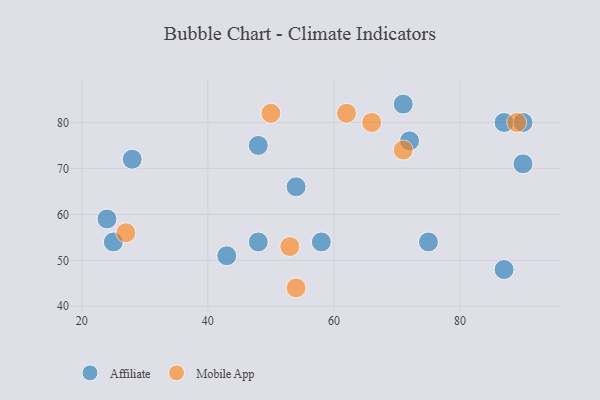
{"axis": {"x": "GDP", "y": "Life Expectancy"}, "legend": ["Affiliate", "Mobile App"], "data": [{"x": "28", "y": 72, "type": "Affiliate"}, {"x": "87", "y": 48, "type": "Affiliate"}, {"x": "48", "y": 75, "type": "Affiliate"}, {"x": "24", "y": 59, "type": "Affiliate"}, {"x": "25", "y": 54, "type": "Affiliate"}, {"x": "87", "y": 80, "type": "Affiliate"}, {"x": "43", "y": 51, "type": "Affiliate"}, {"x": "58", "y": 54, "type": "Affiliate"}, {"x": "90", "y": 71, "type": "Affiliate"}, {"x": "90", "y": 80, "type": "Affiliate"}, {"x": "72", "y": 76, "type": "Affiliate"}, {"x": "48", "y": 54, "type": "Affiliate"}, {"x": "54", "y": 66, "type": "Affiliate"}, {"x": "71", "y": 84, "type": "Affiliate"}, {"x": "75", "y": 54, "type": "Affiliate"}, {"x": "71", "y": 74, "type": "Mobile App"}, {"x": "54", "y": 44, "type": "Mobile App"}, {"x": "27", "y": 56, "type": "Mobile App"}, {"x": "66", "y": 80, "type": "Mobile App"}, {"x": "89", "y": 80, "type": "Mobile App"}, {"x": "62", "y": 82, "type": "Mobile App"}, {"x": "50", "y": 82, "type": "Mobile App"}, {"x": "53", "y": 53, "type": "Mobile App"}]}